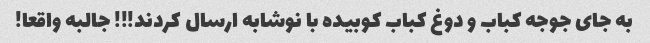
به جاى جوجه کباب و دوغ کباب کوبیده با نوشابه ارسال کردند!!! جالبه واقعا!